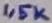
Text: 1,5K